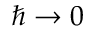
\hbar \to 0